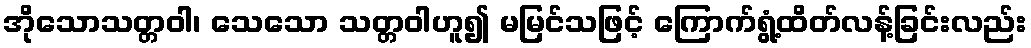
အိုသောသတ္တဝါ၊ သေသော သတ္တဝါဟူ၍ မမြင်သဖြင့် ကြောက်ရွံ့ထိတ်လန့်ခြင်းလည်း